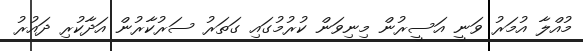
މުއްލާ އުމަރު ވަނީ އަސީރުން މިނިވަން ކުރުމުގައި ގަތަރު ސަރުކާރުން އަދާކުރި ދައުރު